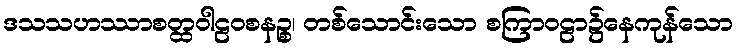
ဒသသဟဿာစတ္ထဝါဠဝစနဉ္စ၊ တစ်သောင်းသော စကြာဝဠာ၌နေကုန်သော